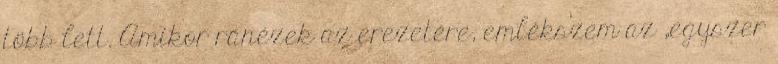
több lett. Amikor ránézek az erezetére, emlékszem az „egyszer